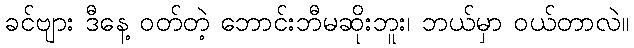
ခင်ဗျား ဒီနေ့ ဝတ်တဲ့ ဘောင်းဘီမဆိုးဘူး၊ ဘယ်မှာ ဝယ်တာလဲ။